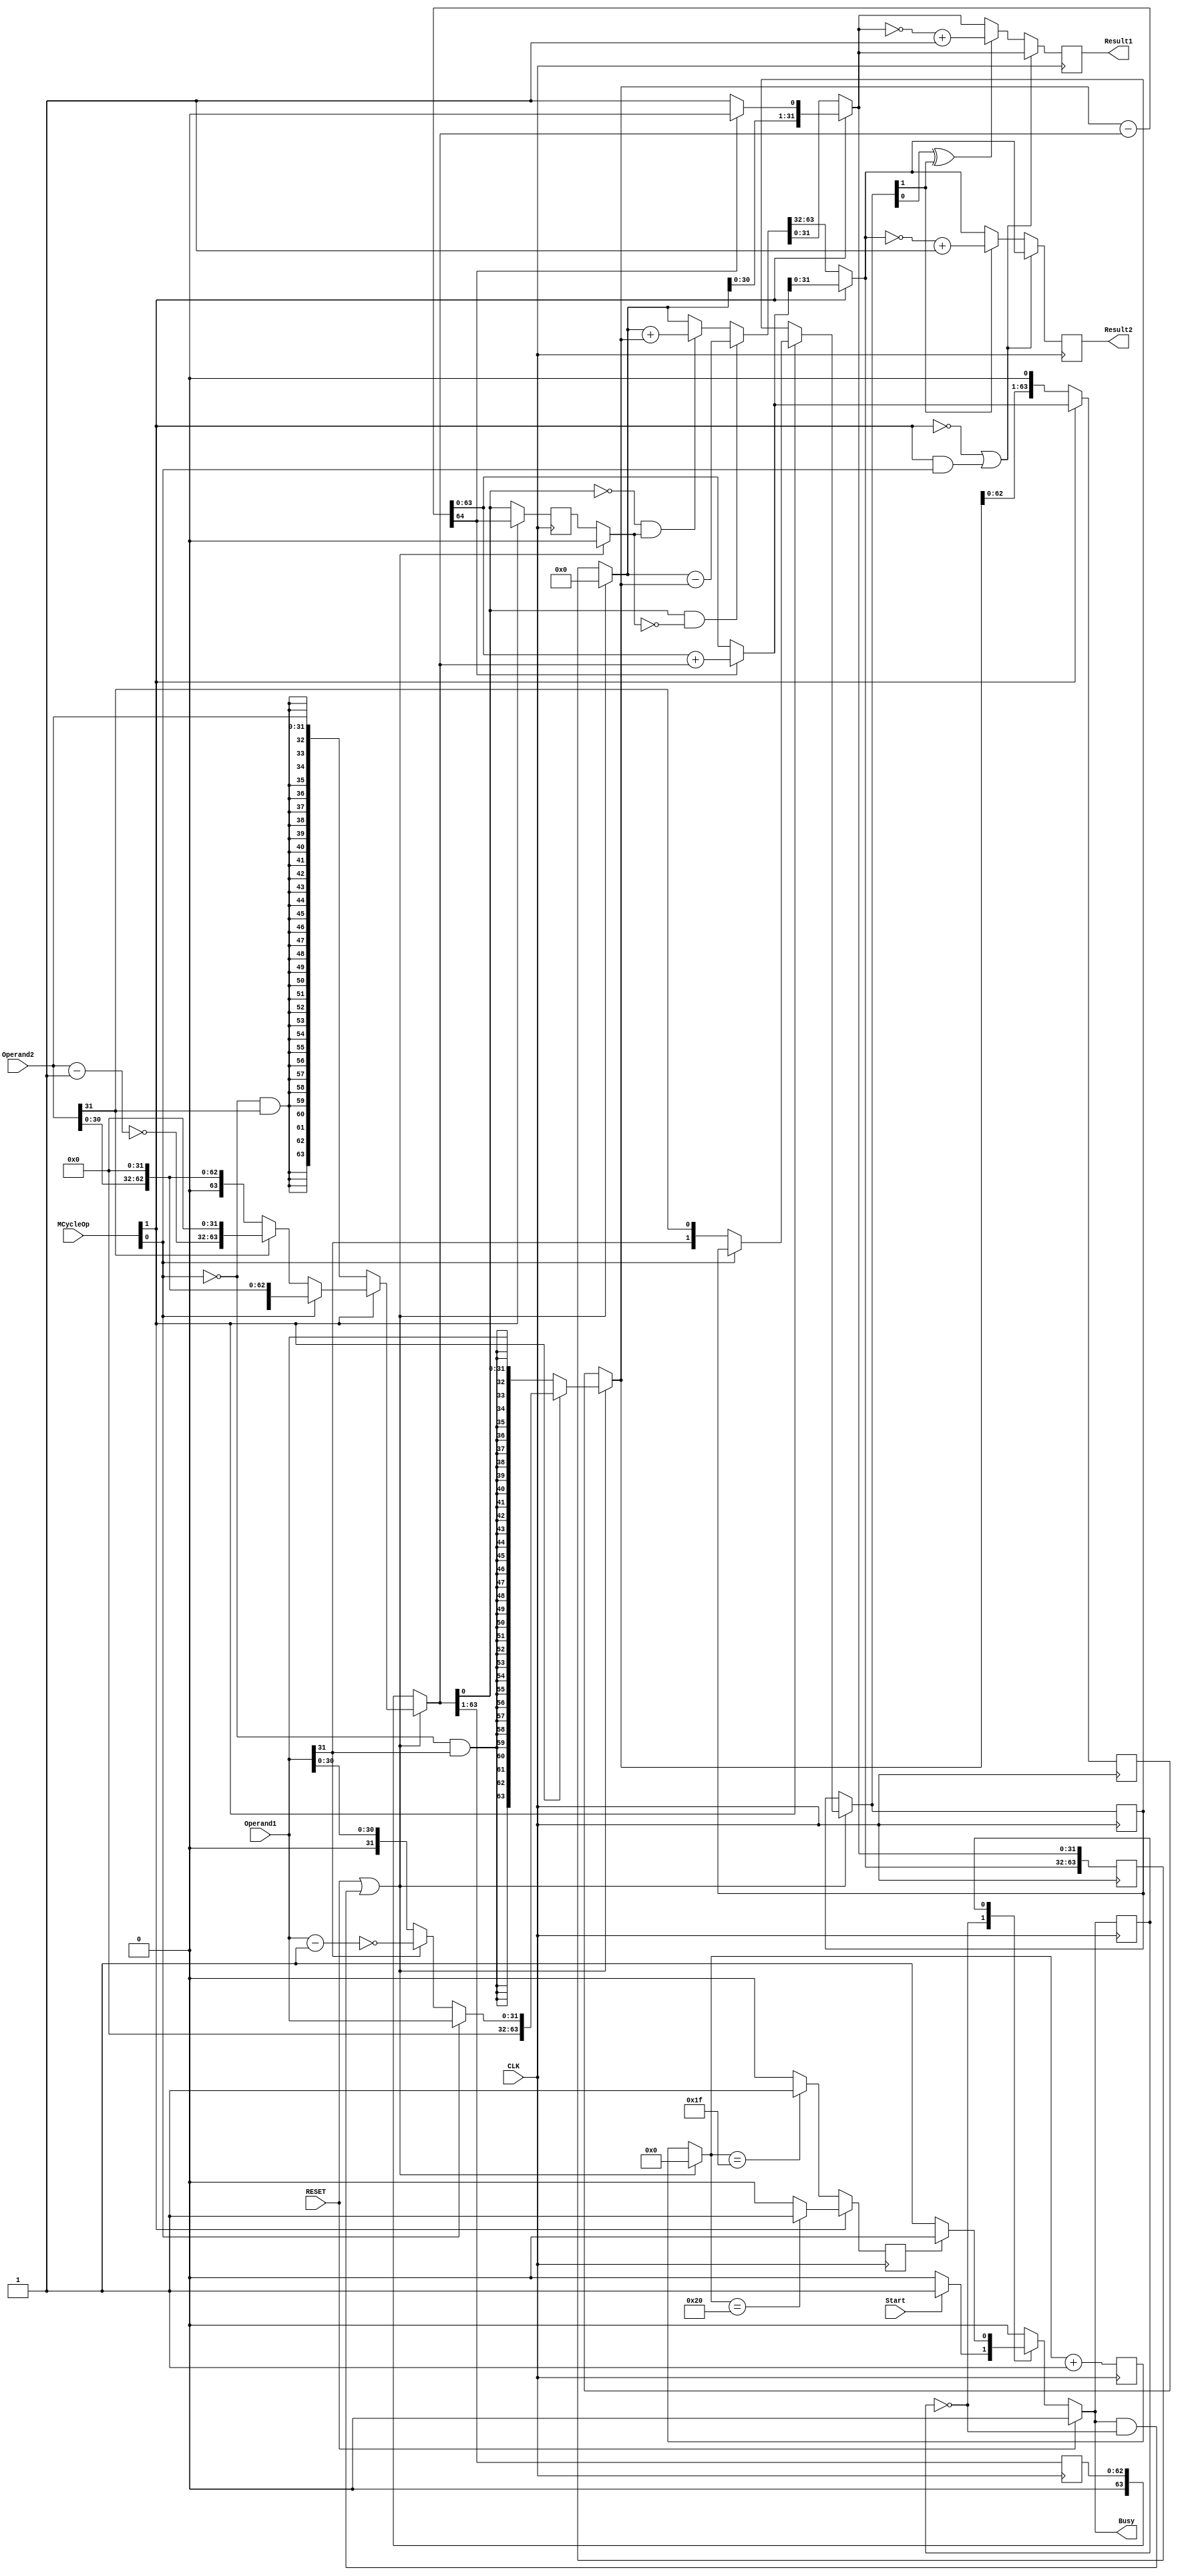
`timescale 1ns / 1ps
//////////////////////////////////////////////////////////////////////////////////
// Company: NUS
// 
// Design Name: 
// Module Name: MCycle
// Project Name: 
// Target Devices: 
// Tool Versions: 
// Description: 
// 
// Dependencies: 
// 
// Revision:
// Revision 0.01 - File Created
// Additional Comments:
// 
//////////////////////////////////////////////////////////////////////////////////
/* 
----------------------------------------------------------------------------------
--	(c) Shahzor Ahmad, Rajesh C Panicker
--	License terms :
--	You are free to use this code as long as you
--		(i) DO NOT post it on any public repository;
--		(ii) use it only for educational purposes;
--		(iii) accept the responsibility to ensure that your implementation does not violate any intellectual property of ARM Holdings or other entities.
--		(iv) accept that the program is provided "as is" without warranty of any kind or assurance regarding its suitability for any particular purpose;
--		(v) send an email to rajesh.panicker@ieee.org briefly mentioning its use (except when used for the course CG3207 at the National University of Singapore);
--		(vi) retain this notice in this file or any files derived from this.
----------------------------------------------------------------------------------
*/

module MCycle

    #(parameter width = 32) // Keep this at 4 to verify your algorithms with 4 bit numbers (easier). When using MCycle as a component in ARM, generic map it to 32.
    (
        input CLK,
        input RESET, // Connect this to the reset of the ARM processor.
        input Start, // Multi-cycle Enable. The control unit should assert this when an instruction with a multi-cycle operation is detected.
        input [1:0] MCycleOp, // Multi-cycle Operation. "00" for signed multiplication, "01" for unsigned multiplication, "10" for signed division, "11" for unsigned division. Generated by Control unit
        input [width-1:0] Operand1, // Multiplicand / Dividend
        input [width-1:0] Operand2, // Multiplier / Divisor
        output reg [width-1:0] Result1, // LSW of Product / Quotient
        output reg [width-1:0] Result2, // MSW of Product / Remainder
        output reg Busy // Set immediately when Start is set. Cleared when the Results become ready. This bit can be used to stall the processor while multi-cycle operations are on.
    );
    
// use the Busy signal to reset WE_PC to 0 in ARM.v (aka "freeze" PC). The two signals are complements of each other
// since the IDLE_PROCESS is combinational, instantaneously asserts Busy once Start is asserted
  
    parameter IDLE = 1'b0 ;  // will cause a warning which is ok to ignore - [Synth 8-2507] parameter declaration becomes local in MCycle with formal parameter declaration list...

    parameter COMPUTING = 1'b1 ; // this line will also cause the above warning
    reg state = IDLE ;
    reg n_state = IDLE ;
   
    reg done ;
    reg [7:0] count = 0 ; // assuming no computation takes more than 256 cycles.
    reg [2*width-1:0] temp_sum = 0 ;
    reg [2*width-1:0] shifted_op1 = 0 ;
    reg [2*width-1:0] shifted_op2 = 0 ;
    reg [1:0]div_signed_flag ;
    reg c_bit ;
   
    always@( state, done, Start, RESET ) begin : IDLE_PROCESS  
		// Note : This block uses non-blocking assignments to get around an unpredictable Verilog simulation behaviour.
        // default outputs
        Busy <= 1'b0 ;
        n_state <= IDLE ;
        
        // reset
        if(~RESET)
            case(state)
                IDLE: begin
                    if(Start) begin // note: a mealy machine, since output depends on current state (IDLE) & input (Start)
                        n_state <= COMPUTING ;
                        Busy <= 1'b1 ;
                    end
                end
                COMPUTING: begin
                    if(~done) begin
                        n_state <= COMPUTING ;
                        Busy <= 1'b1 ;
                    end
                end        
            endcase    
    end


    always@( posedge CLK ) begin : STATE_UPDATE_PROCESS // state updating
        state <= n_state ;    
    end

    
    always@( posedge CLK ) begin : COMPUTING_PROCESS // process which does the actual computation
        // n_state == COMPUTING and state == IDLE implies we are just transitioning into COMPUTING
        if( RESET | (n_state == COMPUTING & state == IDLE) ) begin // 2nd condition is true during the very 1st clock cycle of the multiplication
            count = 0 ;
            temp_sum = 0 ;
            c_bit = 0;
            if ( ~MCycleOp[1]) // Mul
            begin
	            shifted_op1 = { {width{~MCycleOp[0] & Operand1[width-1]}}, Operand1 } ; // sign extend the operands  
            	shifted_op2 = { {width{~MCycleOp[0] & Operand2[width-1]}}, Operand2 } ; 
        	end
        	else begin //Div
        		if ( MCycleOp[0] ) //Unsigned
        		begin
        			shifted_op1 = {{width{1'b0}}, Operand1};
        			shifted_op2 = {Operand2, {width{1'b0}}};
        		end
        		else begin //Signed
        			div_signed_flag = {Operand1[width-1], Operand2[width-1]};
        			shifted_op1 = (Operand1[width-1])? {{width{1'b0}}, ~(Operand1-1'b1)}:{{width{1'b0}}, Operand1};
        			shifted_op2 = (Operand2[width-1])? {~(Operand2-1'b1), {width{1'b0}}}:{Operand2, {width{1'b0}}};
        		end
        	end
        end ;
        done <= 1'b0 ;   
        
        if( ~MCycleOp[1] ) begin // Multiply
            // if( ~MCycleOp[0] ), takes 2*'width' cycles to execute, returns signed(Operand1)*signed(Operand2)
            // if( MCycleOp[0] ), takes 'width' cycles to execute, returns unsigned(Operand1)*unsigned(Operand2)   
                 
            //if( shifted_op2[0] ) // add only if b0 = 1
                //temp_sum = temp_sum + shifted_op1 ; // partial product for multiplication
                //
            //shifted_op2 = {1'b0, shifted_op2[2*width-1 : 1]} ;
            //shifted_op1 = {shifted_op1[2*width-2 : 0], 1'b0} ;    
                //
            //if( (MCycleOp[0] & count == width-1) | (~MCycleOp[0] & count == 2*width-1) ) // last cycle?
                //done <= 1'b1 ;   
               //
            //count = count + 1;    
            
            //Booth algorithm
            if (shifted_op2[0] & ~c_bit) //10
            begin
            	temp_sum = temp_sum - shifted_op1;
            end
            else if (~shifted_op2[0] & c_bit) //01
            begin
            	temp_sum = temp_sum + shifted_op1;
            end
            c_bit = shifted_op2[0];
            shifted_op2 = shifted_op2 >>> 1;
            shifted_op1 = shifted_op1 << 1;
            
            if (count == width - 1) done <= 1'b1;
            
            count = count + 1;
            
        end    
        else begin // Divide
        	//if(~MCycleOp[0]), returns signed(Operand1)/signed(Operand2)
        	//if(MCycleOp[0]), returns unsigned(Operand1)/unsigned(Operand2), takes 'width+1' cycles to execute
        	
        	{c_bit, shifted_op1} = {1'b0, shifted_op1} - {1'b0, shifted_op2};
        	
        	if (c_bit) //Rem < 0
        	begin
        		shifted_op1 = shifted_op1 + shifted_op2;
        		temp_sum = temp_sum << 1;
        		temp_sum[0] = 0;
        	end
        	else begin //Rem >= 0
        		temp_sum = temp_sum << 1;
        		temp_sum[0] = 1;
        	end
        	
        	temp_sum[2*width-1:width] = shifted_op1;
        	
        	shifted_op2 = shifted_op2 >> 1;
        	
        	if (count == width) done <= 1'b1;
        	
        	count = count + 1;
        end ;
        
        //Result1 is LSW of Product / Quotient
        //Result2 is MSW of Product / Remainder
        if( ~MCycleOp[1] | (MCycleOp[1] & MCycleOp[0])) //Multiply or unsigned div
        begin
        	Result2 <= temp_sum[2*width-1 : width] ;
        	Result1 <= temp_sum[width-1 : 0] ;
        end
        else begin //Signed div, might need to negate quotient or remainder
        	Result2 <= (div_signed_flag[1])? (~temp_sum[2*width-1 : width])+1'b1:temp_sum[2*width-1 : width];
        	Result1 <= (div_signed_flag[0] ^ div_signed_flag[1])? (~temp_sum[width-1 : 0])+1'b1:temp_sum[width-1 : 0] ;
        end
        
    end
   
endmodule